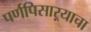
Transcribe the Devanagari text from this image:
पर्णपिसाऱ्याचा